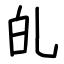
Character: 癿